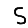
Digit: 5